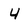
Character: 4